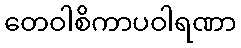
တေဝါစိကာပဝါရဏာ